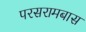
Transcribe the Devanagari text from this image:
परसरामबास